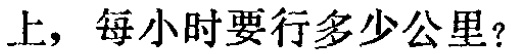
上，每小时要行多少公里？